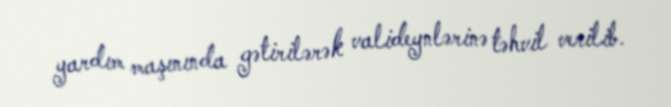
yardım maşınında gətirilərək valideynlərinə təhvil verilib.